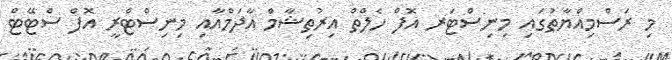
މި ރަސްމިއްޔާތުގައި މިނިސްޓަރ އޮފް ހެލްތް އިރުތިޝާމް އާދަމްއާއި މިނިސްޓްރީ އޮފް ސްޓޭޓް